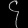
Digit: ၄